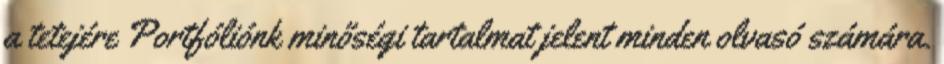
a tetejére Portfóliónk minőségi tartalmat jelent minden olvasó számára.